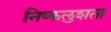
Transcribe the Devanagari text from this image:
निष्कलुशता